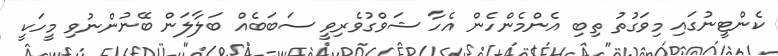
ކެންޓީނުގައި މިވަގުތު ތިބި އެންމެންހެން އެހާ ޝަވްގުވެރިވީ ސަބަބެއް ބަލާލަން ބޭނުންނުވި މީހަކީ